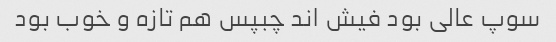
سوپ عالی بود فیش اند چبپس هم تازه و خوب بود